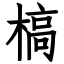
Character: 槁